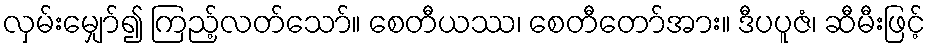
လှမ်းမျှော်၍ ကြည့်လတ်သော်။ စေတီယဿ၊ စေတီတော်အား။ ဒီပပူဇံ၊ ဆီမီးဖြင့်